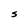
Character: S